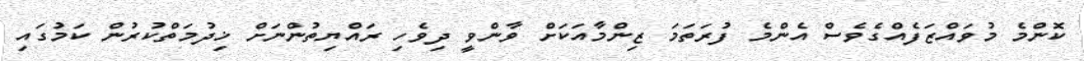
ކޮންމެ މުވައްޒަފެއްގެވެސް އެންމެ ފުރަތަމަ ޒިންމާއަކަށް ވާންވީ ދިވެހި ރައްޔިތުންނަށް ޚިދުމަތްކުރުން ކަމުގައި